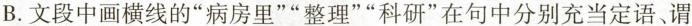
B.文段中画横线的”病房里””整理””科研”在句中分别充当定语、谓